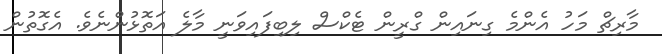
މާރިޗް މަހު އެންމެ ގިނައިން ގްރީން ޓެކްސް ލިބިފައިވަނީ މާލެ އަތޮޅުންނެވެ. އެގޮތުން